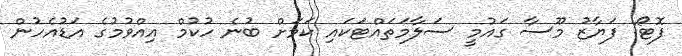
ފޮޓޯ: ފަޔާޒު މޫސާ ގައުމީ ސަލާމަތައްޓަކައި ކަމަށް ބުނެ ހުކުމް އިއްވުމުގެ އަޑުއެހުން